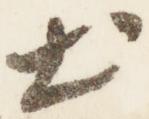
出